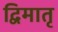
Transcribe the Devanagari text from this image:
द्विमातृ